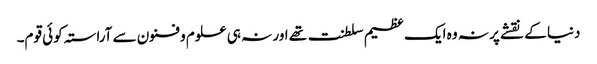
دنیا کے نقشے پر نہ وہ ایک عظیم سلطنت تھے اور نہ ہی علوم و فنون سے آراستہ کوئی قوم۔